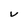
Character: V